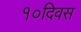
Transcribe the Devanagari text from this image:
१०दिवस